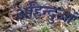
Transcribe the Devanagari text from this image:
अहिन्दुओं